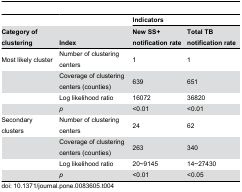
<table><thead><tr><td></td><td></td><td colspan="2"><b>Indicators</b></td></tr><tr><td><b>Category of clustering</b></td><td><b>Index</b></td><td><b>New SS+ notification rate</b></td><td><b>Total TB notification rate</b></td></tr></thead><tbody><tr><td>Most likely cluster</td><td>Number of clustering centers</td><td>1</td><td>1</td></tr><tr><td></td><td>Coverage of clustering centers (counties)</td><td>639</td><td>651</td></tr><tr><td></td><td>Log likelihood ratio</td><td>16072</td><td>36820</td></tr><tr><td></td><td><i>p</i></td><td>&lt;0.01</td><td>&lt;0.01</td></tr><tr><td>Secondary clusters</td><td>Number of clustering centers</td><td>24</td><td>62</td></tr><tr><td></td><td>Coverage of clustering centers (counties)</td><td>263</td><td>340</td></tr><tr><td></td><td>Log likelihood ratio</td><td>20~9145</td><td>14~27430</td></tr><tr><td></td><td><i>p</i></td><td>&lt;0.01</td><td>&lt;0.05</td></tr></tbody></table>